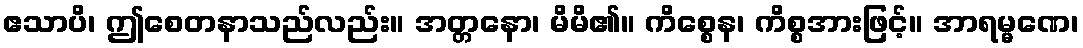
ဧသာပိ၊ ဤစေတနာသည်လည်း။ အတ္တနော၊ မိမိ၏။ ကိစ္စေန၊ ကိစ္စအားဖြင့်။ အာရမ္မဏေ၊